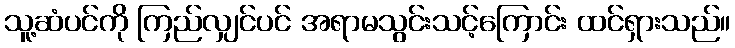
သူ့ဆံပင်ကို ကြည်လျှင်ပင် အရာမသွင်းသင့်ကြောင်း ထင်ရှားသည်။